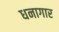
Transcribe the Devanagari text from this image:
धनागार